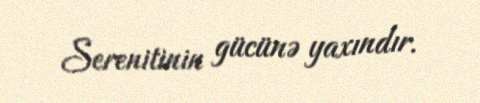
Serenitinin gücünə yaxındır.